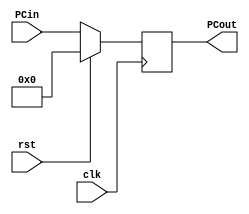
`timescale 1ns / 1ps
//////////////////////////////////////////////////////////////////////////////////
// Company: 
// 
// Design Name: 
// Module Name: PC
// Project Name: 
// Target Devices: 
// Tool Versions: 
// Description: 
// 
// Dependencies: 
// 
// Revision:
// Revision 0.01 - File Created
// Additional Comments:
// 
//////////////////////////////////////////////////////////////////////////////////


module PC(
    input rst,
    input clk,
    input [7:0] PCin,
    output reg [7:0] PCout
);
    
    always@(posedge clk)
        begin
            if(rst == 1)
                PCout <= 8'd0;
            else
                PCout <= PCin;
        end
            
endmodule